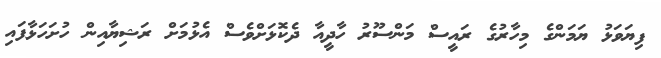
ފިޔަވަޅު ޔަމަންގެ މިހާރުގެ ރައީސް މަންސޫރު ހާދީއާ ދެކޮޅަށްވެސް އެޅުމަށް ރަޝިޔާއިން ހުށަހަޅާފައި